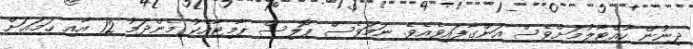
ދިނުން ހުއްޓާލުމަށްވެސް އަންގާފައިވެއެވެ. ނަމަވެސް ޕޮލިސް ޕާމިޓާއެކު މެންދަމު 12 އާއި ހަމައަށް